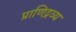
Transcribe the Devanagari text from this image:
प्राणिद्रव्य